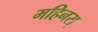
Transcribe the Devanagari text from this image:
महिनस्